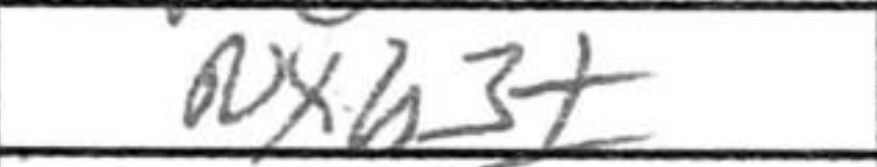
Transcription: Nxb3+